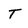
Character: T